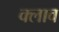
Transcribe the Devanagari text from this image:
क्लाव